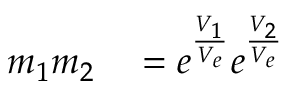
\begin{array} { r l } { m _ { 1 } m _ { 2 } } & { { } = e ^ { \frac { V _ { 1 } } { V _ { e } } } e ^ { \frac { V _ { 2 } } { V _ { e } } } } \end{array}